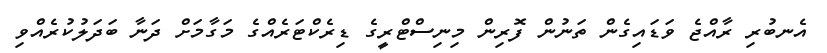
އެނބުރި ރާއްޖެ ވަޑައިގެން ތަނުން ފޮރިން މިނިސްޓްރީގެ ޑިރެކްޓަރެއްގެ މަގާމަށް ދަނާ ބަދަލުކުރެއްވި